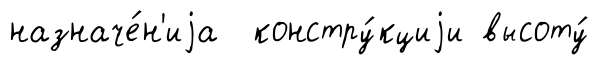
назначе́н'иjа констру́кциjи высоту́